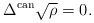
\begin{align*}\Delta^{{\rm can}} \sqrt \rho =0.\end{align*}